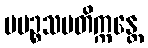
ပပဉ္စသမတိက္ကန္တေ